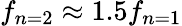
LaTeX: f_{n=2}\approx 1.5f_{n=1}